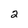
Character: 2